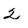
Character: 2